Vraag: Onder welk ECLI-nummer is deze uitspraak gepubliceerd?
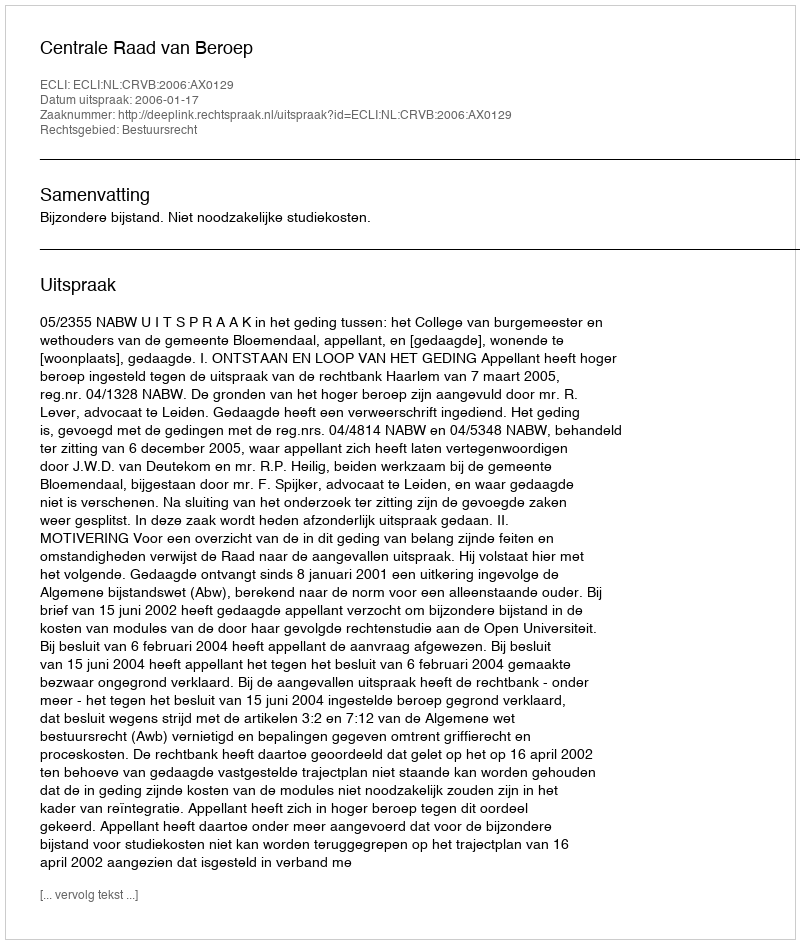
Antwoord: ECLI:NL:CRVB:2006:AX0129